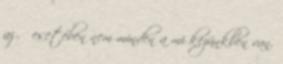
az ő esetében nem minden a mi kezünkben van.